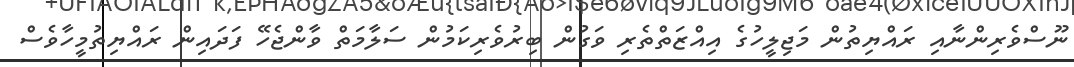
ނޫސްވެރިންނާއި ރައްޔިތުން މަޖިލީހުގެ އިއްޒަތްތެރި ވަގުން ބިރުވެރިކަމުން ސަލާމަތް ވާންޖެހޭ ފަދައިން ރައްޔިތުމީހާވެސް